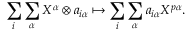
\sum _ { i } \sum _ { \alpha } X ^ { \alpha } \otimes a _ { i \alpha } \mapsto \sum _ { i } \sum _ { \alpha } a _ { i \alpha } X ^ { p \alpha } .